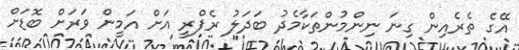
އޭގެ ތެރެއިން ގިނަ ނިންމުންތަކާމެދު ބަދަލު ރެފްރީ އަށް އަމީން ވަރަށް ބޮޑަށް